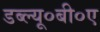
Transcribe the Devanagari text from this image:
डब्ल्यू०बी०ए